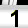
Digit: 1